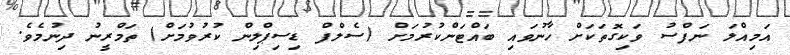
އަމިއްލަ ނަފްސު ވަކިގޮތަކަށް ހާނުވައި ބައްޓަންކުރުމަށް (ސެލްފް ޑިސިޕްލިން ކުރުވުމަށް) ތަމްރީނު ދިނުމެވެ.